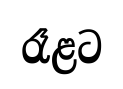
රෑළට